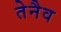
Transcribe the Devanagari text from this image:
तेनैव